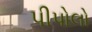
પીપોલો